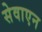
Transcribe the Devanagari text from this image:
सेवाएन